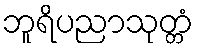
ဘူရိပညာသုတ္တံ